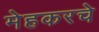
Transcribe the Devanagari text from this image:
मेहकरचे